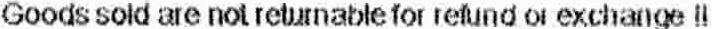
GOODS SOLD ARE NOT RETURNABLE FOR REFUND OR EXCHANGE !!